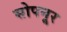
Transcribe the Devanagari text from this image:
सोपनूर